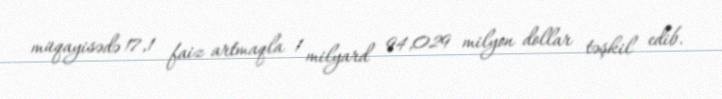
müqayisədə 17,1 faiz artmaqla 1 milyard 94,029 milyon dollar təşkil edib.